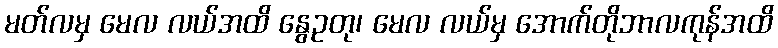
မတ်လမှ မေလ လယ်အထိ နွေဥတု၊ မေလ လယ်မှ အောက်တိုဘာလကုန်အထိ